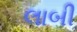
લાબી